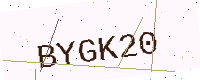
Text: BYGK20